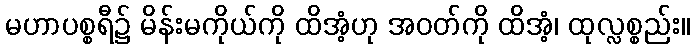
မဟာပစ္စရီ၌ မိန်းမကိုယ်ကို ထိအံ့ဟု အဝတ်ကို ထိအံ့၊ ထုလ္လစ္စည်း။